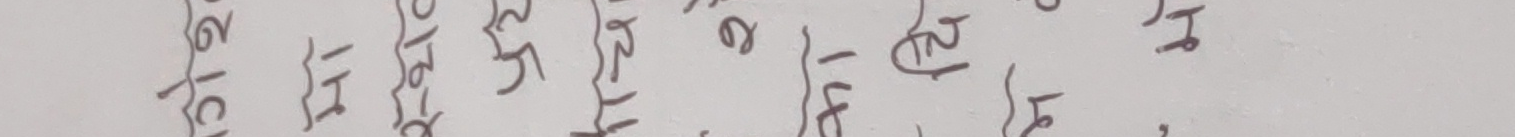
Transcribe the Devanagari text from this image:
१/ब० १/३० १/५० १/२० १/६० १/४० १/७० १ प्र